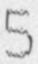
5